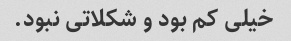
خیلی کم بود و شکلاتی نبود.